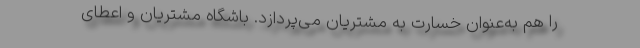
را هم به‌عنوان خسارت به مشتریان می‌پردازد. باشگاه مشتریان و اعطای